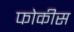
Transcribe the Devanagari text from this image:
फोकीस